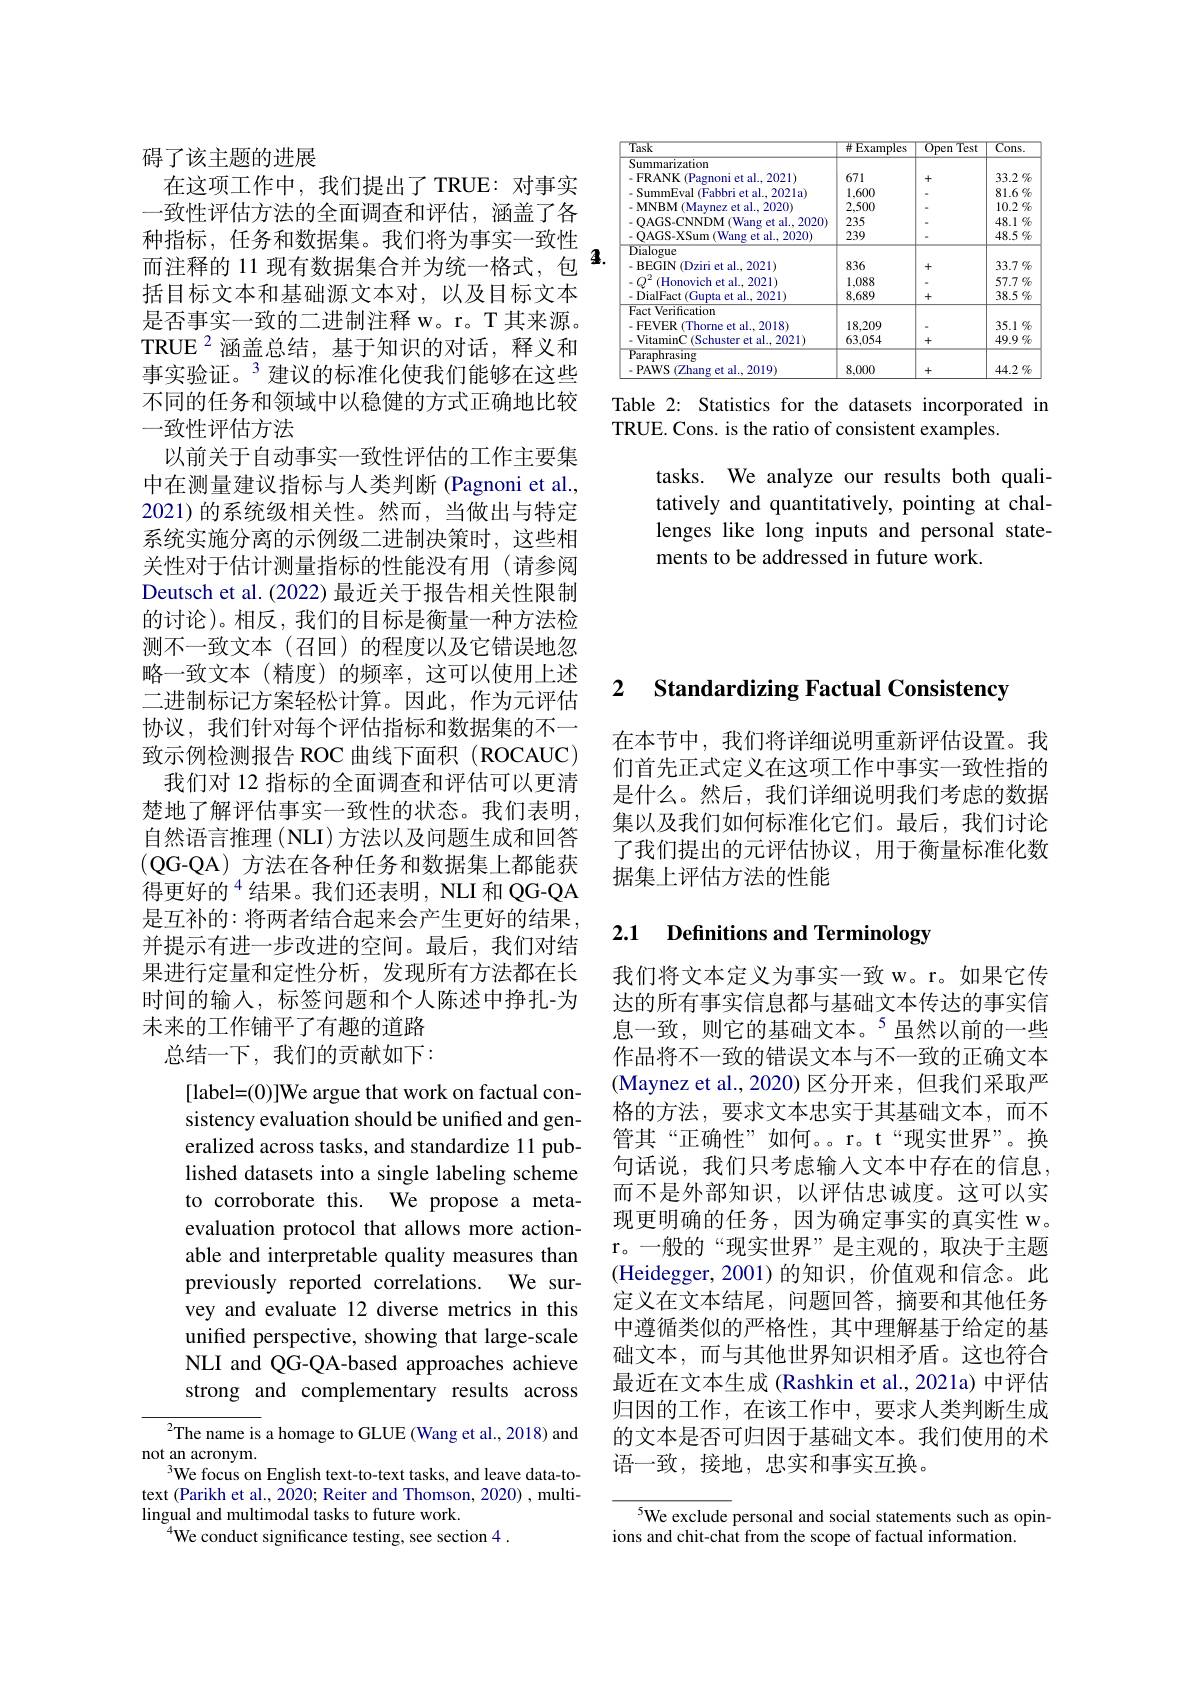
<table>
	<tbody>
		<tr>
			<th>Task</th>
			<th>$\#Examples$</th>
			<th>$\overline{Open}$ Test</th>
			<th>$Cons.$</th>
		</tr>
		<tr>
			<td>-QAGS-XSum (Wang et al., 2020) Dialogue -BEGIN (Dziri et al., 2021) (Honovich et al. , 2021) DialFact t (Gupta et al..2021)</td>
			<td>239 836 1,088 8,689</td>
			<td>+ +</td>
			<td>$48.5`$ $33.7\%$ $57.7\%$ $38.5\%$</td>
		</tr>
		<tr>
			<td>Fact Verification -FEVER(Thorne et al..2018) - VitaminC ( Schuster et al. , 2021) </td>
			<td>18,209 63,054</td>
			<td>+</td>
			<td>$35.1\%$ $49.9\%$</td>
		</tr>
		<tr>
			<td>Paraphrasing $-PAWS(Zhangetal.,2019)$</td>
			<td>8,000</td>
			<td>+</td>
			<td>$44.2\%$</td>
		</tr>
	</tbody>
</table>
Table 2: Statistics for the datasets incorporated in

TRUE. Cons. is the ratio of consistent examples.

tasks. We analyze our results both qualitatively and quantitatively, pointing at challenges like long inputs and personal statements to be addressed in future work.

碍了该主题的进展
在这项工作中，我们提出了 TRUE: 对事实一致性评估方法的全面调查和评估，涵盖了各种指标，任务和数据集。我们将为事实一致性而注释的 11 现有数据集合并为统一格式，包$^{4}$
括目标文本和基础源文本对，以及目标文本是否事实一致的二进制注释 w。r。T 其来源。TRUE $^{2}$涵盖总结，基于知识的对话，释义和事实验证。$^{3}$建议的标准化使我们能够在这些不同的任务和领域中以稳健的方式正确地比较一致性评估方法
以前关于自动事实一致性评估的工作主要集中在测量建议指标与人类判断 (Pagnoni et al., 2021)的系统级相关性。然而，当做出与特定系统实施分离的示例级二进制决策时，这些相关性对于估计测量指标的性能没有用(请参阅Deutsch et al. (2022) 最近关于报告相关性限制的讨论)。相反，我们的目标是衡量一种方法检测不一致文本(召回)的程度以及它错误地忽略一致文本(精度)的频率，这可以使用上述二进制标记方案轻松计算。因此，作为元评估协议，我们针对每个评估指标和数据集的不一致示例检测报告 ROC 曲线下面积 (ROCAUC) 我们对 12 指标的全面调查和评估可以更清楚地了解评估事实一致性的状态。我们表明， 自然语言推理(NLI) 方法以及问题生成和回答(QG-QA)方法在各种任务和数据集上都能获得更好的$^{4}$结果。我们还表明，NLI 和 QG-QA 是互补的：将两者结合起来会产生更好的结果， 并提示有进一步改进的空间。最后，我们对结果进行定量和定性分析，发现所有方法都在长时间的输入，标签问题和个人陈述中挣扎-为未来的工作铺平了有趣的道路
总结一下，我们的贡献如下：
[label=(0)]We argue that work on factual con-

sistency evaluation should be unified and generalized across tasks, and standardize 11 published datasets into a single labeling scheme to corroborate this. We propose a metaevaluation protocol that allows more actionable and interpretable quality measures than previously reported correlations. We survey and evaluate 12 diverse metrics in this unified perspective, showing that large-scale NLI and QG-QA-based approaches achieve strong and complementary results across

$^{2}$The name is a homage to GLUE (Wang et al., 2018) and
not an acronym.
$^{3}$We focus on English text-to-text tasks, and leave data-totext (Parikh et al., 2020; Reiter and Thomson, 2020) , multilingual and multimodal tasks to future work.
$^{4}$We conduct significance testing, see section 4.

### 2 Standardizing Factual Consistency

在本节中，我们将详细说明重新评估设置。我们首先正式定义在这项工作中事实一致性指的是什么。然后，我们详细说明我们考虑的数据集以及我们如何标准化它们。最后，我们讨论了我们提出的元评估协议，用于衡量标准化数据集上评估方法的性能

### 2.1 $\textbf{Definitions and Terminology}$

我们将文本定义为事实一致 w。r。如果它传达的所有事实信息都与基础文本传达的事实信息一致，则它的基础文本。$^{5}$虽然以前的一些作品将不一致的错误文本与不一致的正确文本(Maynez et al.,2020)区分开来，但我们采取严格的方法，要求文本忠实于其基础文本，而不管其“正确性”如何。。r。t“现实世界”。换句话说，我们只考虑输入文本中存在的信息， 而不是外部知识，以评估忠诚度。这可以实现更明确的任务，因为确定事实的真实性 w。r。一 般 的 “ 现 实 世 界 ” 是 主 观 的 , 取 决 于 主 题 (Heidegger,2001)的知识，价值观和信念。此定义在文本结尾，问题回答，摘要和其他任务中遵循类似的严格性，其中理解基于给定的基础文本，而与其他世界知识相矛盾。这也符合最近在文本生成 (Rashkin et al., 2021a) 中评估归因的工作，在该工作中，要求人类判断生成的文本是否可归因于基础文本。我们使用的术语一致，接地，忠实和事实互换。

${^{5}\text{We exclude }}$personal and social statements such as opin-
ions and chit-chat from the scope of factual information.